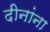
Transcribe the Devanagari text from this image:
दीनांना